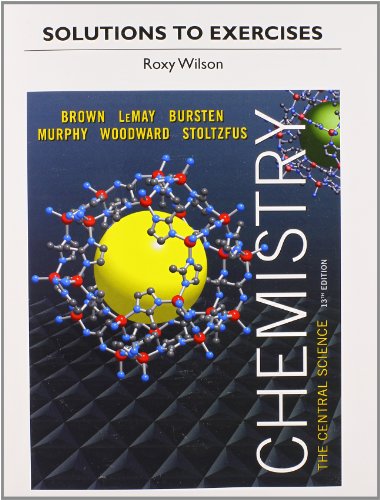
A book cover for Solutions to Exercises for Chemistry: The Central Science; Theodore E. Brown; Science & Math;